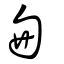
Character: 囪